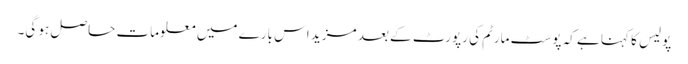
پولیس کا کہنا ہے کہ پوسٹ مارٹم کی رپورٹ کے بعد مزید اس بارے میں معلومات حاصل ہو گی۔